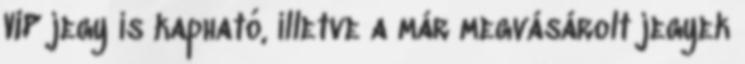
VIP jegy is kapható, illetve a már megvásárolt jegyek